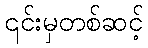
၎င်းမှတစ်ဆင့်